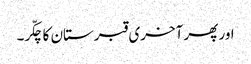
اور پھر آخری قبرستان کا چکّر۔